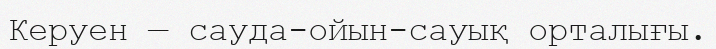
Керуен — сауда-ойын-сауық орталығы.